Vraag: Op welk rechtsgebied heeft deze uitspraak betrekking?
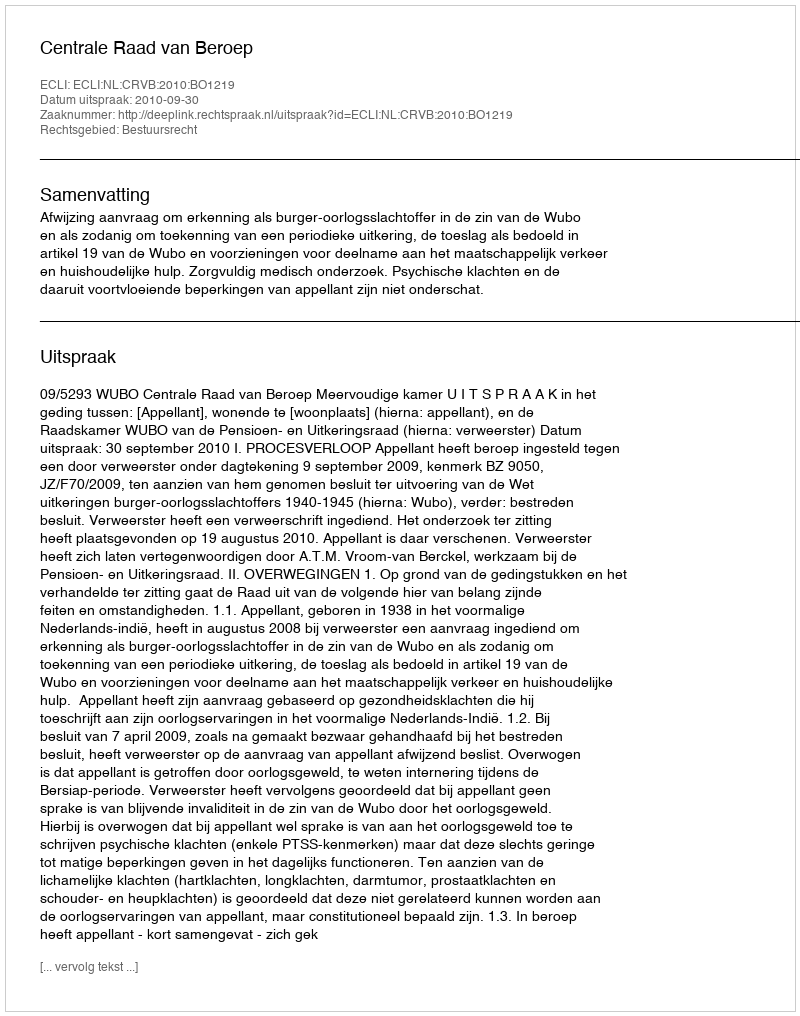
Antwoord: Bestuursrecht